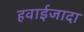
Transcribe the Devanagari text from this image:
हवाईजादा